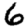
Digit: 6